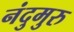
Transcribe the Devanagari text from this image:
नंदुमुरु